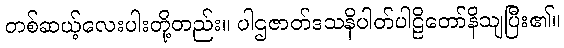
တစ်ဆယ့်လေးပါးတို့တည်း။ ပါဌဇာတ်ဒသနိပါတ်ပါဠိတော်နိသျပြီး၏။